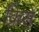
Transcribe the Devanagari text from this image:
क्रिसे